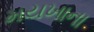
મયખાના